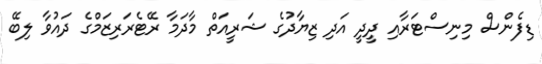
ޑިފެންސް މިނިސްޓަރާއި ދީދީ އަދި ޒިޔާދުގެ ޝަރީއަތް މާދަމާ ރޭޓެރަރިޒަމްގެ ދައުވާ ލިބޭ